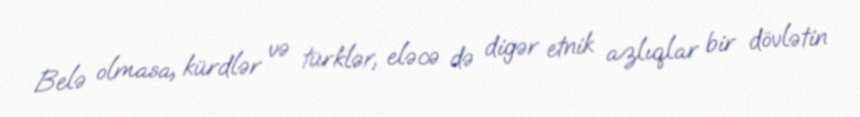
Belə olmasa, kürdlər və türklər, eləcə də digər etnik azlıqlar bir dövlətin